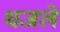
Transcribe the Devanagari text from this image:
धजले